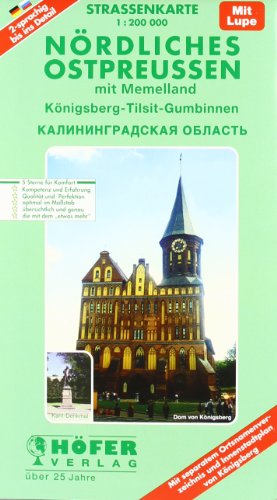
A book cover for Strassenkarte 1:200 000, Nordliches Ostpreussen (mit Memelland): Konigsberg-Tilsit-Gumbinnen : 2-sprachig, bis ins Detail, mit Lupe : mit separatem ... = Kaliningradskaja oblast (German Edition); Hofer Verlag; Travel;